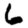
Digit: 6